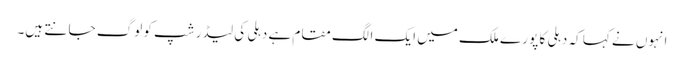
انہوں نے کہا کہ دہلی کا پو رے ملک میں ایک الگ مقام ہے دہلی کی لیڈر شپ کو لوگ جا نتے ہیں۔